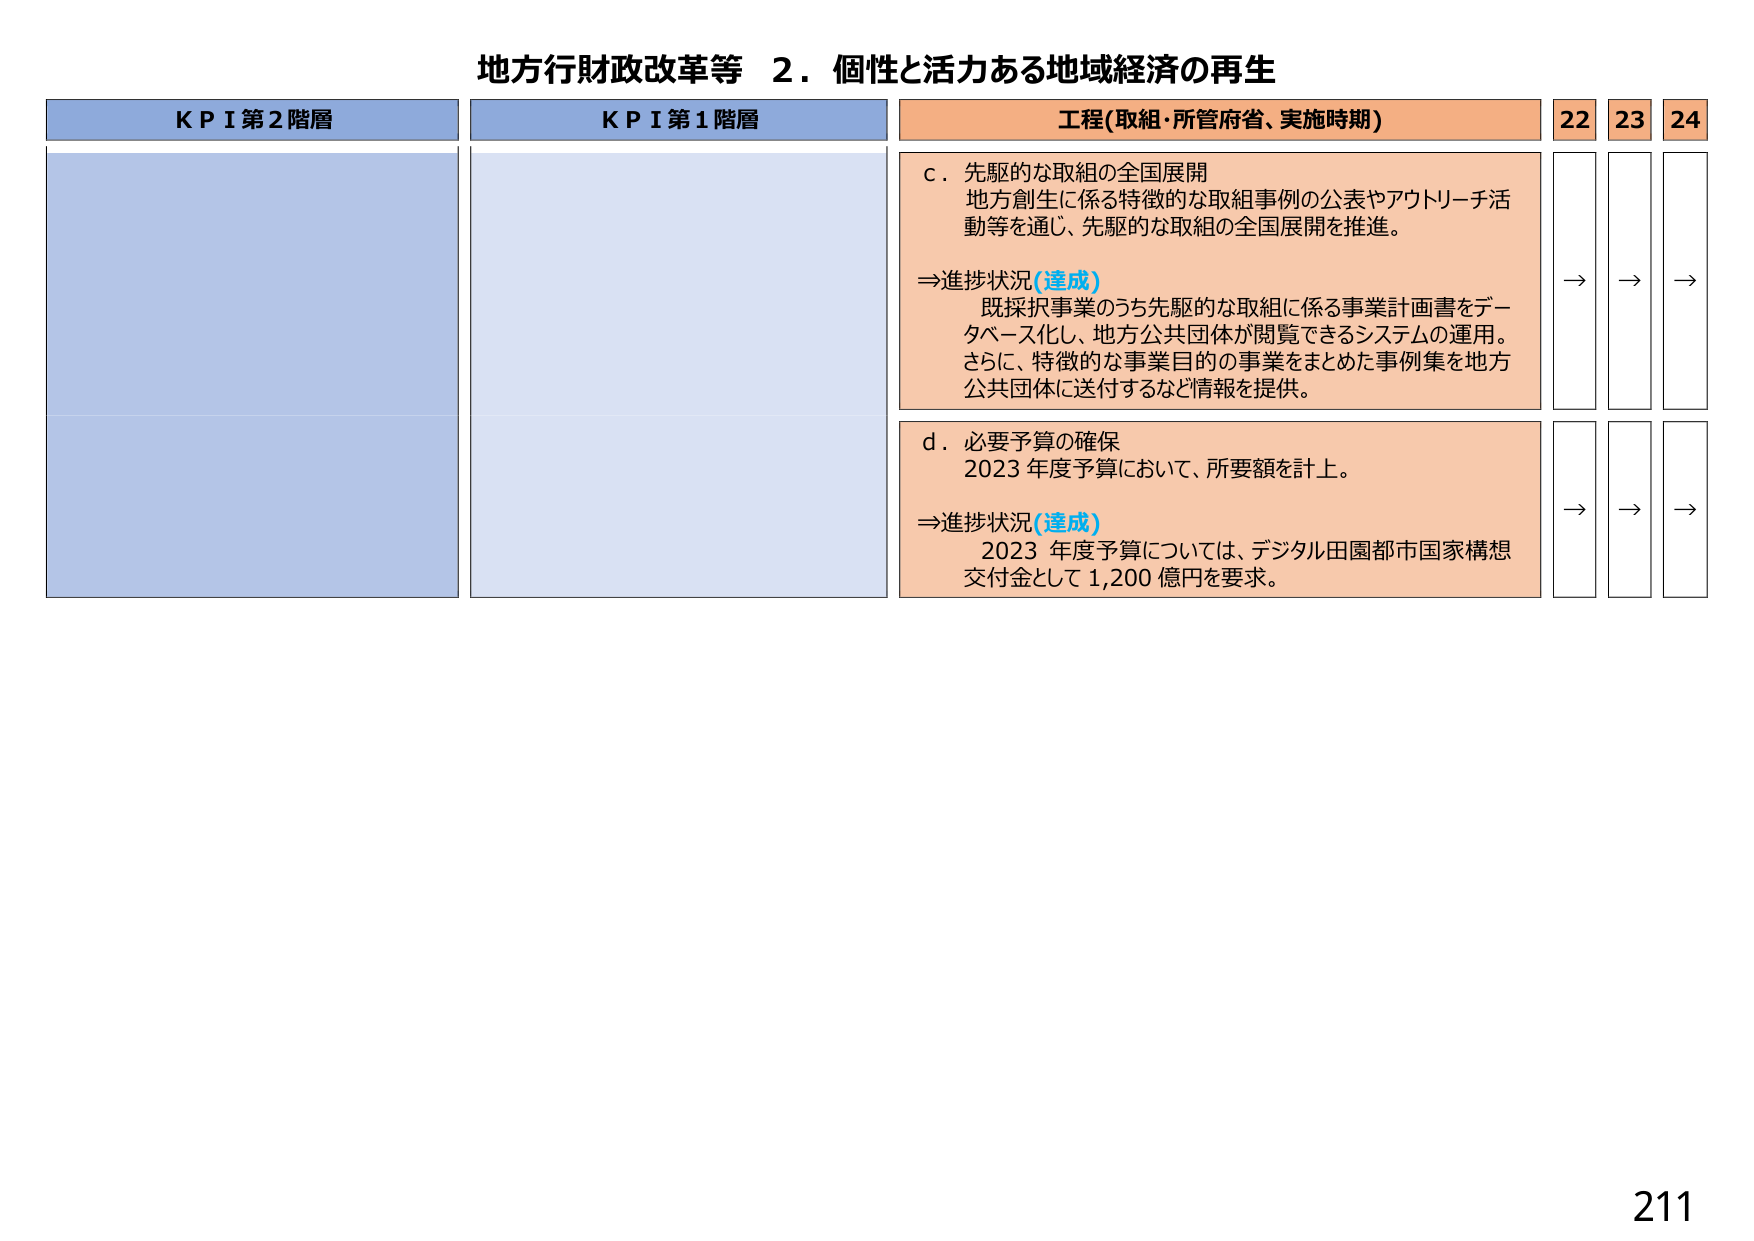
地方行財政改革等　２．個性と活力ある地域経済の再生

ＫＰＩ第２階層
ＫＰＩ第１階層
工程(取組・所管府省、実施時期)
22　23　24

ｃ．先駆的な取組の全国展開
地方創生に係る特徴的な取組事例の公表やアウトリーチ活動等を通じ、先駆的な取組の全国展開を推進。

⇒進捗状況(達成)
既採択事業のうち先駆的な取組に係る事業計画書をデータベース化し、地方公共団体が閲覧できるシステムの運用。
さらに、特徴的な事業目的の事業をまとめた事例集を地方公共団体に送付するなど情報を提供。

ｄ．必要予算の確保
2023年度予算において、所要額を計上。

⇒進捗状況(達成)
2023年度予算については、デジタル田園都市国家構想交付金として1,200億円を要求。

→　→　→
→　→　→

211